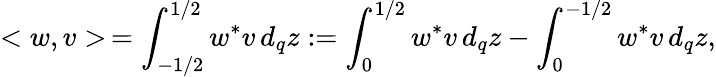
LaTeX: <w,v>\, =\int_{-1/2}^{1/2}w^{*}v\, d_{q}z:=\int_{0}^{1/2}w^{*}v\, d_{q}z-\int_{0}^{-1/2}w^{*}v\, d_{q}z,